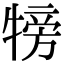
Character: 𤚰